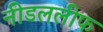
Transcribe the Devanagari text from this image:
नीडललीफ